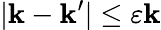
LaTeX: |\mathbf{k}-\mathbf{k}^{\prime}|\leq\varepsilon\mathbf{k}